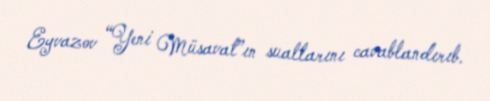
Eyvazov “Yeni Müsavat”ın suallarını cavablandırıb.